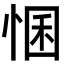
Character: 𢛕